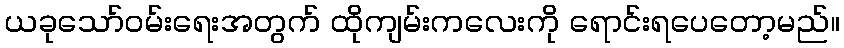
ယခုသော်ဝမ်းရေးအတွက် ထိုကျမ်းကလေးကို ရောင်းရပေတော့မည်။